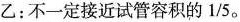
乙：不一定接近试管容积的1/5。